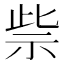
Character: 祡